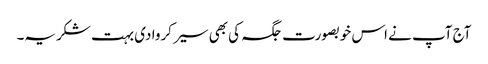
آج آپ نے اس خوبصورت جگہ کی بھی سیر کروا دی بہت شکریہ۔